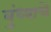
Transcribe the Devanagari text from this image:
बुंध्याचे